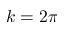
k = 2 \pi